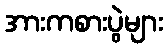
အားကစားပွဲများ